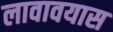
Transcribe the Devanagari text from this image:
लावावयास